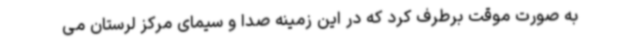
به صورت موقت برطرف کرد که در این زمینه صدا و سیمای مرکز لرستان می